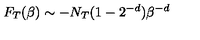
F _ { T } ( \beta ) \sim - N _ { T } ( 1 - 2 ^ { - d } ) \beta ^ { - d }